Reports on dispensaries and lunatic asylums in the Province of Oudh - 1869-1876
Year: 1869
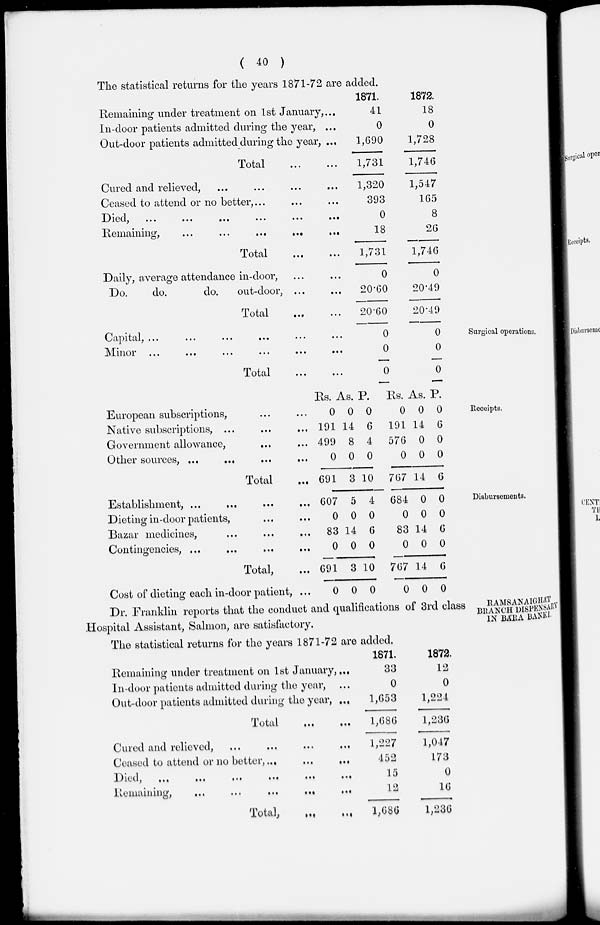
( 40 )
The statistical returns for the years 1871-72 are added.
Remaining under treatment on 1st January, ...
In-door patients admitted during the year, ...
Out-door patients admitted during the year, ...
Total
...
...
Cured and relieved, ... ... ... ...
Ceased to attend or no better, ... ... ...
Died
...
...
...
...
...
...
Remaining,
...
...
...
...
..,
Total
...
...
Daily, average attendance in-door, ... ...
Do.
do.
do.
out-door, ... ...
Total
...
...
1871.
41
0
1,690
1,731
1,320
393
0
18
1,731
0
20.60
20.60
1872.
18
0
1,728
1,746
1,547
165
8
26
1,746
0
20.49
20.49
Surgical operations.
Capital, ...
...
...
...
...
...
Minor ... ... ... ... ... ...
Total ... ...
0
0
0
0
0
0
Receipts.
European subscriptions, ... ...
Native subscriptions, ... ... ...
Government allowance, ... ...
Other sources, ...
... ... ...
Total ...
Rs.
0
191
499
0
691
As.
0
14
8
0
3
P.
0
6
4
0
10
Rs.
0
191
576
0
767
As.
0
14
0
0
14
P.
0
6
0
0
6
Disbursements.
Establishment, ... ... ... ...
Dieting in-door patients, ... ...
Bazar medicines, ... ... ...
Contingencies, ... ... ... ...
Total, ...
Cost of dieting each in-door patient, ...
607
0
83
0
691
0
5
0
14
0
3
0
4
0
6
0
10
0
684
0
83
0
767
0
0
0
14
0
14
0
0
0
6
0
6
0
RAMSANAIGHAT
BRANCH DISPENSARY
IN BARA BANKI.
Dr. Franklin reports that the conduct and qualifications of 3rd class
Hospital Assistant, Salmon, are satisfactory.
The statistical returns for the years 1871-72 are added.
Remaining under treatment on 1st January, ...
In-door patients admitted during the year, ...
Out-door patients admitted during the year, ...
Total ... ...
Cured and relieved,
...
...
... ...
Ceased to attend or no better,...
...
...
Died, ... ... ... ... ... ...
Remaining,
...
...
...
...
...
Total, ... ...
1871.
33
0
1,653
1,686
1,227
452
15
12
1,686
1872.
12
0
1,224
1,236
1,047
173
0
16
1,236